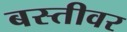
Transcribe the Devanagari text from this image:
बस्तीवर